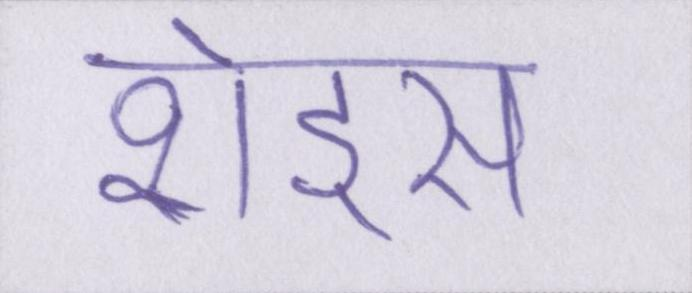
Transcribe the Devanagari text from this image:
शेड्स